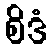
စိဒံ